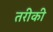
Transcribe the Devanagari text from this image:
तरीकी